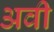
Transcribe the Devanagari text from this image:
अवी